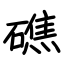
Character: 礁